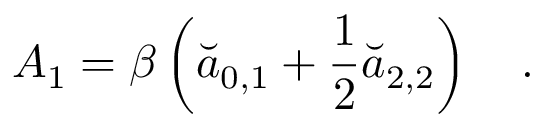
A _ { 1 } = \beta \left( \breve { a } _ { 0 , 1 } + \frac 1 2 \breve { a } _ { 2 , 2 } \right) ~ ~ ~ .